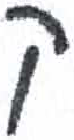
אות: ק